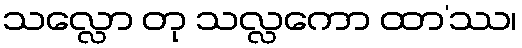
သလ္လော တု သလ္လကော ထာ’ဿ၊